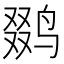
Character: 𱊍